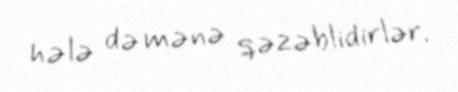
hələ də mənə qəzəblidirlər.